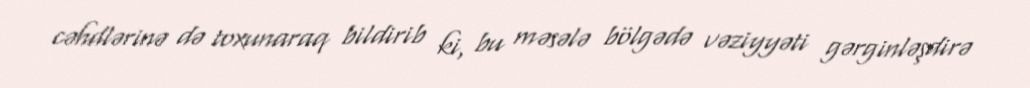
cəhdlərinə də toxunaraq bildirib ki, bu məsələ bölgədə vəziyyəti gərginləşdirə